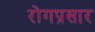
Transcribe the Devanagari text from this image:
रोगप्रसार